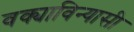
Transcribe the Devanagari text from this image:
वक्याविन्यासी